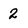
Character: 2